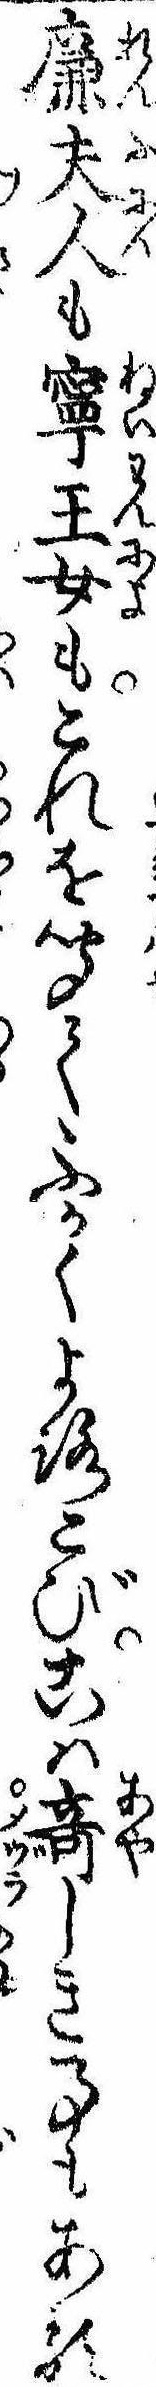
廉夫人も寧王女もこれを聞てふかくよろこびこは奇しき事もある